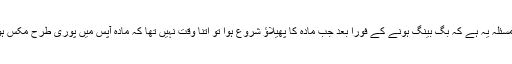
مگر مسئلہ یہ ہے کہ بگ بینگ ہونے کے فوراً بعد جب مادہ کا پھیلاؤ شروع ہوا تو اتنا وقت نہیں تھا کہ مادہ آپس میں پوری طرح مکس ہو پاتا۔